Civil Veterinary Dept. Bombay admin report 1907-1913 - 1907-1913
Year: 1907
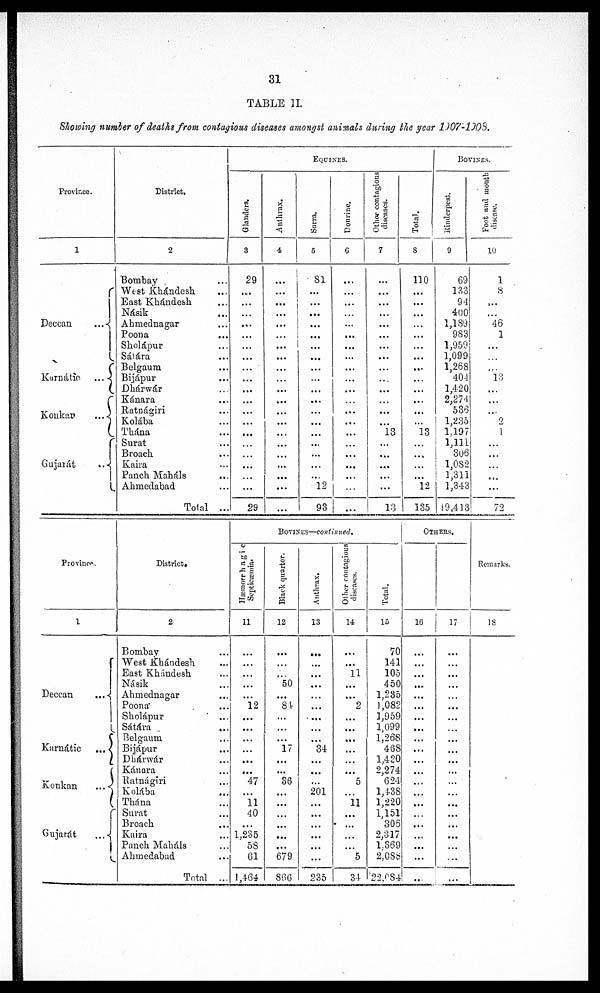
31
TABLE II.
Showing number of deaths from contagious diseases amongst animals during the year 1907-1908.
Province.
1
Deccan
...
Karnátic ...
Konkar
...
Gujarát
...
District.
2
Bombay ...
West Khándesh ...
East Khándesk ...
Násik ...
Ahmednagar ..
Poona ...
Sholápur ...
Sátára ..
Belgaum ..
Bijápur ..
Dhárwár ..
Kánara ..
Ratnágiri ..
Kolába ..
Thána
Surat ..
Broach ..
Kaira ..
Punch Maháls ...
Ahmedabad ...
Total ...
EQUINES.
Glanders.
3
29
...
...
...
...
...
...
...
...
...
...
...
...
...
...
...
...
29
Anthrax.
4
...
...
...
...
...
...
...
...
...
...
...
...
...
...
...
...
...
...
...
Surra.
5
81
...
...
...
...
...
...
...
...
...
...
...
...
...
...
...
...
...
12
93
Dourine.
6
...
...
...
...
...
...
...
...
...
...
...
...
...
...
...
...
...
Other contagious
diseases.
7
...
...
...
...
...
...
...
...
...
...
...
...
13
...
...
...
...
...
13
13
Total.
8
110
...
...
...
...
...
...
...
...
...
...
...
...
13
...
...
...
...
12
135
BOVINES.
Rinderpest.
9
69
1?,3
94
400
1,189
983
1,959
1,099
1,268
404
1,420
2,274
53
1,235
1,197
1,111
306
1,082
1,311
1,343
19,413
Foot and month
10
1
8
...
...
46
1
...
...
...
13
...
...
2
...
...
...
...
...
...
72
Province.
1
Deccan
...
C
Karnátic ...
1 7
Konkan
...
Gujarát
...
District.
2
Bombay ...
West Khándesh ...
East Khándesh ...
Násik ...
Ahmednagar ...
Poona ...
Sholapur
Sátára
Belgaum ...
Bijápur ...
Dhárwár ...
Kánara ...
Ratnágiri ...
Kolába ...
Thána ...
Surat ...
Broach ...
Kaira ...
Panck Maháls ...
Ahmedabad ...
Total ...
BOVINE'S—continued.
Hæmorrhagic
Septicæmia.
11
...
...
...
...
12
...
...
...
...
...
...
47
11
40
...
1,235
5S
61
11,4-64
Black quarter.
12
50
84
17
36
679
866
Anthrax.
13
...
...
...
...
...
...
...
...
34
...
...
201
...
...
...
...
...
...
235
Oilier contagious
diseases.
14
...
11
...
...
2
...
...
...
...
...
5
11
...
...
...
...
5
34
Total.
15
70
141
105
450
1,235
1,082
1,959
1,099
1.268
46S
1,420
2,274
624
1,438
1,220
1,151
305
2,317
1.369
2,088
22,984
OTHERS.
16
...
...
...
...
...
...
...
...
...
...
...
...
...
...
...
...
17
...
...
...
...
...
...
...
...
...
...
...
...
...
...
...
...
...
Remarks.
18